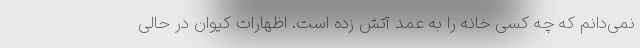
نمی‌دانم که چه کسی خانه را به عمد آتش زده است. اظهارات کیوان در حالی